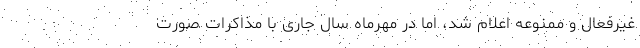
غیرفعال و ممنوعه اعلام شد، اما در مهرماه سال جاری با مذاکرات صورت